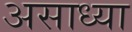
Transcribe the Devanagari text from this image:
असाध्या